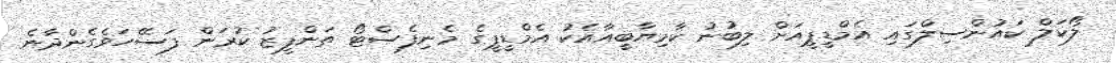
ލޯކަލް ކައުންސިލްގައި އެމްޑީޕީއަށް ލިބުނު ކާމިޔާބީއާއެކު އެމްޑީޕީގެ މެނިފެސްޓޯ ތަންފީޒު ކުރަން ފަސޭހަވެގެންދާނެ